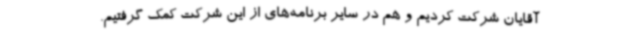
آقایان شرکت کردیم و هم در سایر برنامه‌های از این شرکت کمک گرفتیم.